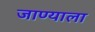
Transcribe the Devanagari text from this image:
जाण्याला